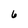
Character: 6